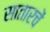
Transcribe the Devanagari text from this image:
सातारचें